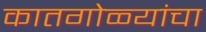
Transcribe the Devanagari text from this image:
कातगोळ्यांचा